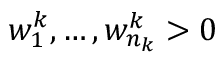
w _ { 1 } ^ { k } , \dots , w _ { n _ { k } } ^ { k } > 0